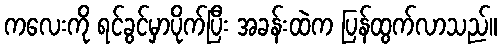
ကလေးကို ရင်ခွင်မှာပိုက်ပြီး အခန်းထဲက ပြန်ထွက်လာသည်။